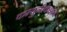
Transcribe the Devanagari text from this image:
कम्युनीकेशन